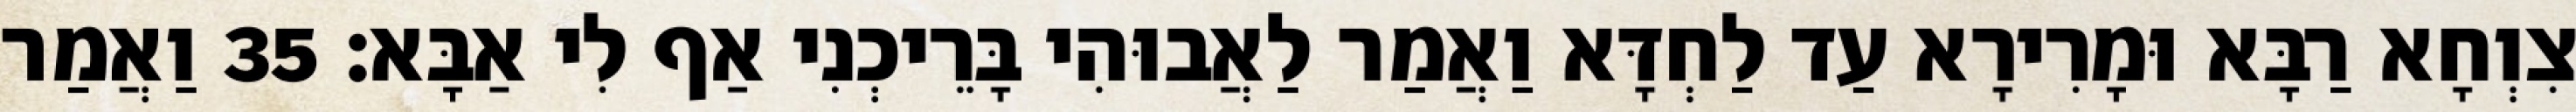
צִוְחָא רַבָּא וּמָרִירָא עַד לַחְדָּא וַאֲמַר לַאֲבוּהִי בָּרֵיכְנִי אַף לִי אַבָּא׃ 35 וַאֲמַר